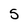
Character: 5